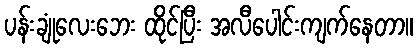
ပန်းချုံလေးဘေး ထိုင်ပြီး အလီပေါင်းကျက်နေတာ။